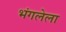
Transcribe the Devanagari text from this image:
भंगलेला